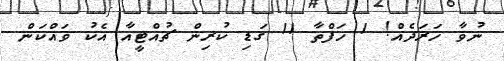
ނުވާ ހަރަދެއް! 1 ހަފްތާ 11 ގަޑި ކުރިން ޗުއްޓީއާ އެކު ވައްކަން